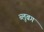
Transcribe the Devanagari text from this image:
ब्लूबग